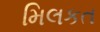
મિલકત